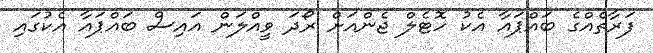
ފަރާތެއްގެ ބައްޕައާ އެކު ހޮޓެލް ޖެންއަށް ރޯދަ ވީއްލަން އައިސް ބައްޕައާ އެކުގައި